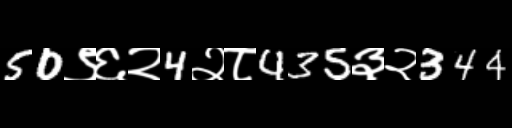
Text: 50९६२4२८435३२344